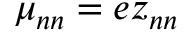
{ \mu } _ { n n } = e z _ { n n }